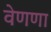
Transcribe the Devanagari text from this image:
वेणणा